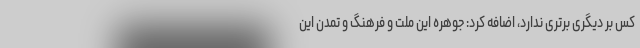
کس بر دیگری برتری ندارد، اضافه کرد: جوهره این ملت و فرهنگ و تمدن این